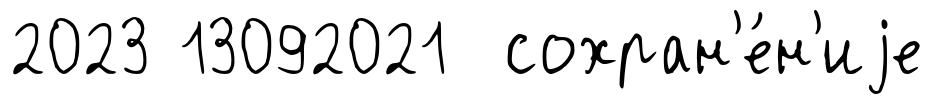
2023 13092021 сохран'е́н'иjе